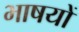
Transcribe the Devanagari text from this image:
भाषयों